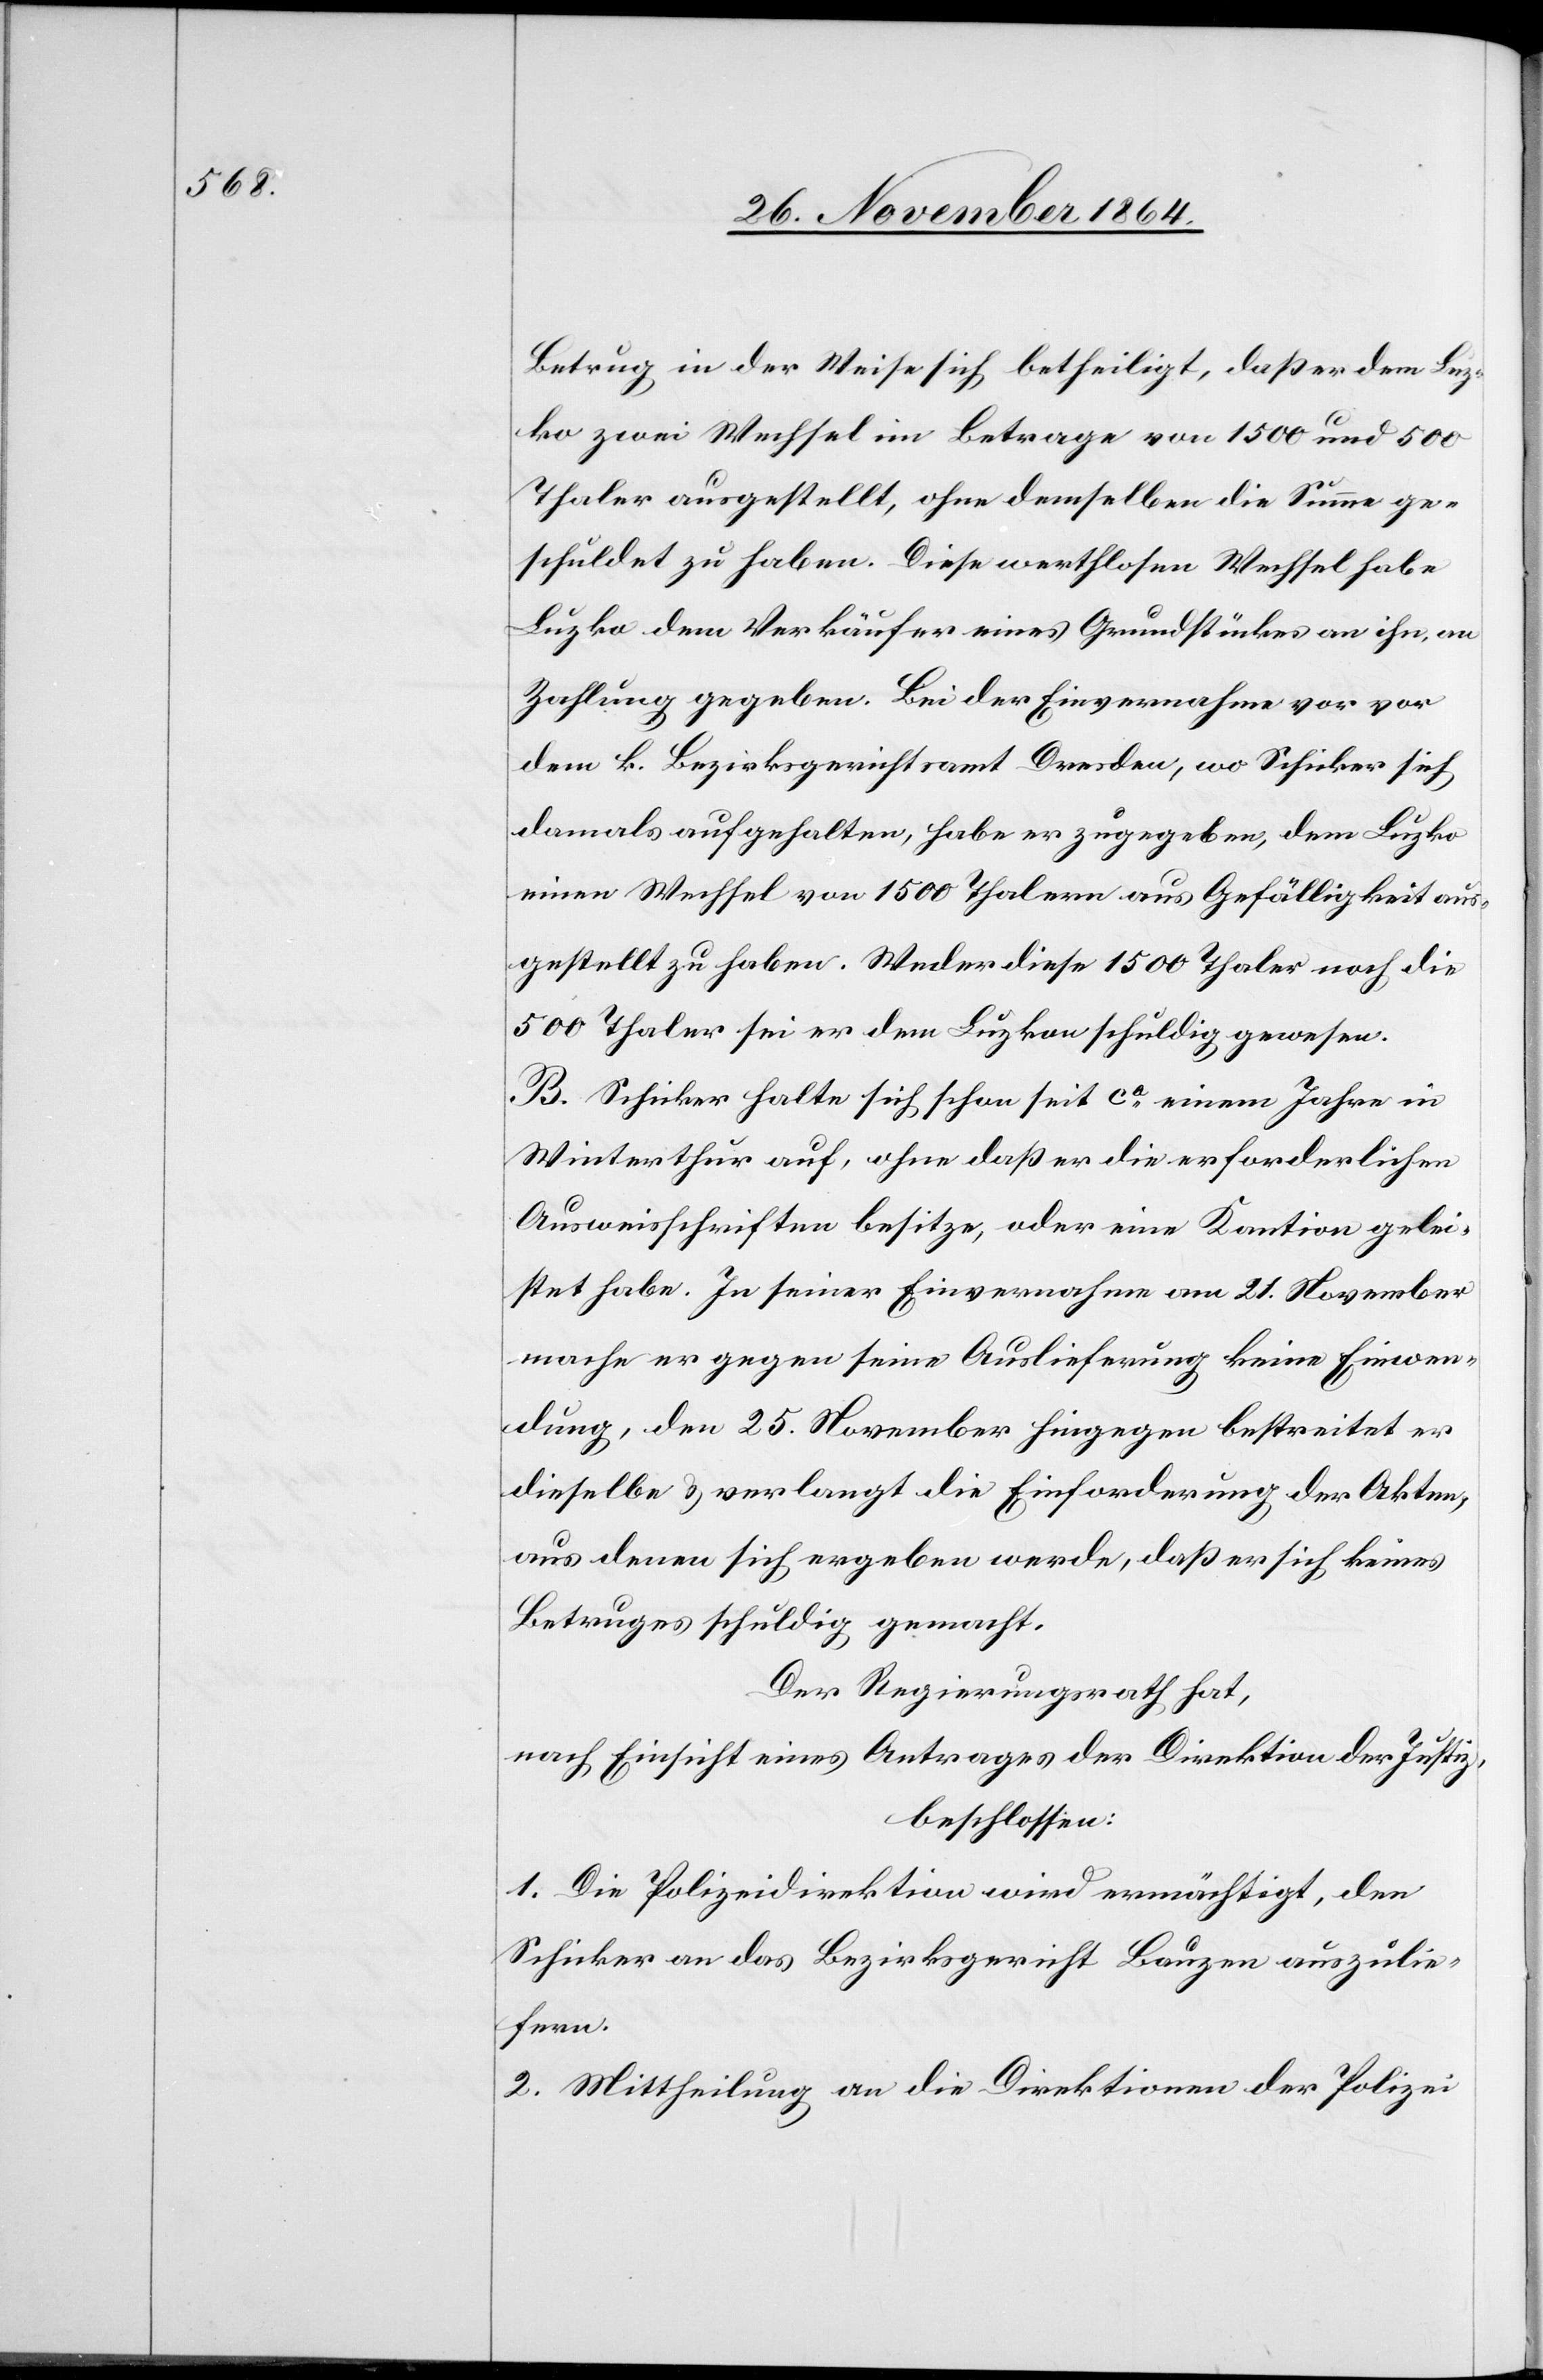
Betrug in der Weise sich betheiligt, daß er dem Luz¬
ko zwei Wechsel im Betrage von 1500 und 500
Thaler ausgestellt, ohne demselben die Summe ge¬
schuldet zu haben. Diese werthlosen Wechsel habe
Luzko dem Verkäufer eines Grundstückes an ihn, an
Zahlung gegeben. Bei der Einvernahme vor vor
dem k. Bezirksgerichtsamt Dresden, wo Schicker sich
damals aufgehalten, habe er zugegeben, dem Luzko
einen Wechsel von 1500 Thalern aus Gefälligkeit aus¬
gestellt zu haben. Weder diese 1500 Thaler noch die
500 Thaler sei er dem Luzko schuldig gewesen.
B. Schicker halte sich schon seit ca einem Jahre in
Winterthur auf, ohne daß er die erforderlichen
Ausweisschriften besitze, oder eine Kaution gelei¬
stet habe. In seiner Einvernahme am 21. November
mache er gegen seine Auslieferung keine Einwen¬
dung, den 25. November hingegen bestreitet er
dieselbe & verlangt die Einforderung der Akten,
aus denen sich ergeben werde, daß er sich keines
Betruges schuldig gemacht.
Der Regierungsrath hat,
nach Einsicht eines Antrages der Direktion der Justiz,
beschlossen:
1. Die Polizeidirektion wird ermächtigt, dem
Schicker an das Bezirksgericht Bauzen auszulie¬
fern.
2. Mittheilung an die Direktionen der Polizei